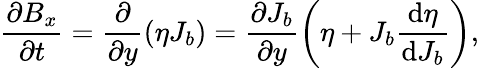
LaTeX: \frac{\partial B_{x}}{\partial t}=\frac{\partial}{\partial y}\left(\eta J_{b}\right)=\frac{\partial J_{b}}{\partial y}\left(\eta+J_{b}\frac{\mathrm{d}\eta}{\mathrm{d}J_{b}}\right),